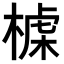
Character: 𣖪